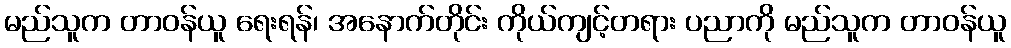
မည်သူက တာဝန်ယူ ရေးရန်၊ အနောက်တိုင်း ကိုယ်ကျင့်တရား ပညာကို မည်သူက တာဝန်ယူ